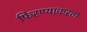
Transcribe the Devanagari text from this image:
फिरण्याकरता